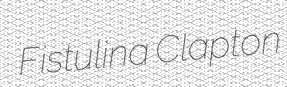
Fistulina Clapton